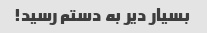
بسیار دیر به دستم رسید!